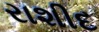
રાશીદ